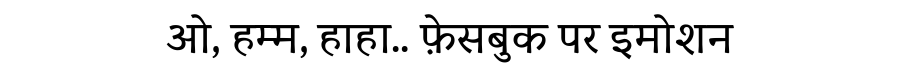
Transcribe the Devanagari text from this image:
ओ, हम्म, हाहा.. फ़ेसबुक पर इमोशन